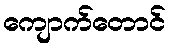
ကျောက်တောင်